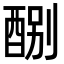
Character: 𨡊